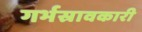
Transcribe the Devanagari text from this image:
गर्भस्रावकारी